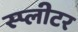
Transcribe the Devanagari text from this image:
स्प्लीटर